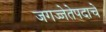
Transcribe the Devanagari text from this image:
जगज्जेतेपदाचे